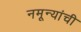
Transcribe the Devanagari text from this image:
नमून्यांची